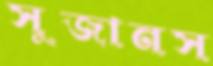
সুজানস